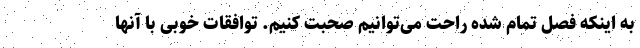
به اینکه فصل تمام شده راحت می‌توانیم صحبت کنیم. توافقات خوبی با آنها